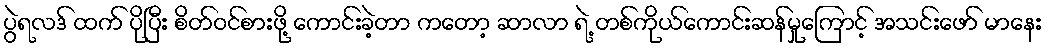
ပွဲရလဒ် ထက် ပိုပြီး စိတ်ဝင်စားဖို့ ကောင်းခဲ့တာ ကတော့ ဆာလာ ရဲ့ တစ်ကိုယ်ကောင်းဆန်မှုကြောင့် အသင်းဖော် မာနေး